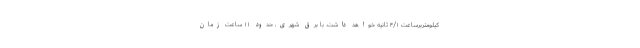
کیلومتربرساعت ۴/۱ ثانیه خواهد داشت. با برق شهری، حدود ۱۱ ساعت زمان